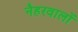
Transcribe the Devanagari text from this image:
नैहरवालों